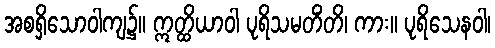
အစရှိသောဝါကျ၌။ ဣတ္ထိယာဝါ ပုရိသမတိံတိ၊ ကား။ ပုရိသေနဝါ၊